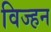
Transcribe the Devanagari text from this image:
विज्हन